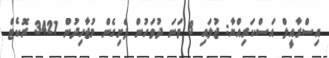
އިސްރާއީލް އަސްކަރިއްޔާ: ޖުލައި 8 ވަނަ ދުވަހުން ފެށިގެން މުޖާހިދުން 3421 ރޮކެޓް